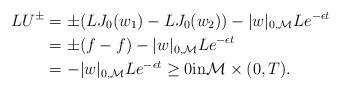
LaTeX: \begin{align*} LU^{\pm} &= \pm (L J_0(w_1) - LJ_0(w_2)) - | w |_{0,\mathcal{M}} L e^{- \epsilon t}\\ &= \pm (f - f) - | w |_{0,\mathcal{M}} Le^{- \epsilon t} \\ &= - | w |_{0,\mathcal{M}} L e^{- \epsilon t} \geq 0 \textnormal{in} \mathcal{M} \times (0,T).\end{align*}